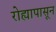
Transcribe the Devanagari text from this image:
रोह्यापासून